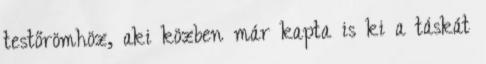
testőrömhöz, aki közben már kapta is ki a táskát